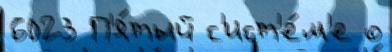
6023 П'я́тый с'ист'е́м'е о